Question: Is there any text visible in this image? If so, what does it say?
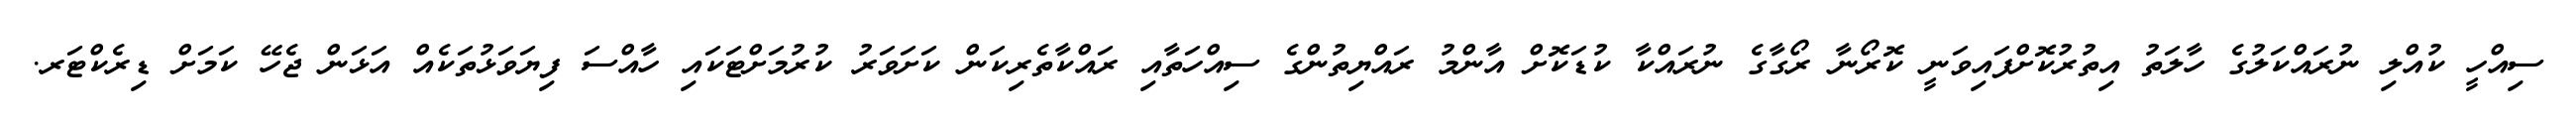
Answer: ސިއްހީ ކުއްލި ނުރައްކަލުގެ ހާލަތު އިތުރުކޮށްފައިވަނީ ކޮރޯނާ ރޯގާގެ ނުރައްކާ ކުޑަކޮށް އާންމު ރައްޔިތުންގެ ސިއްހަތާއި ރައްކާތެރިކަން ކަށަވަރު ކުރުމަށްޓަކައި ހާއްސަ ފިޔަވަޅުތަކެއް އަޅަން ޖެހޭ ކަމަށް ޑިރެކްޓަރ.